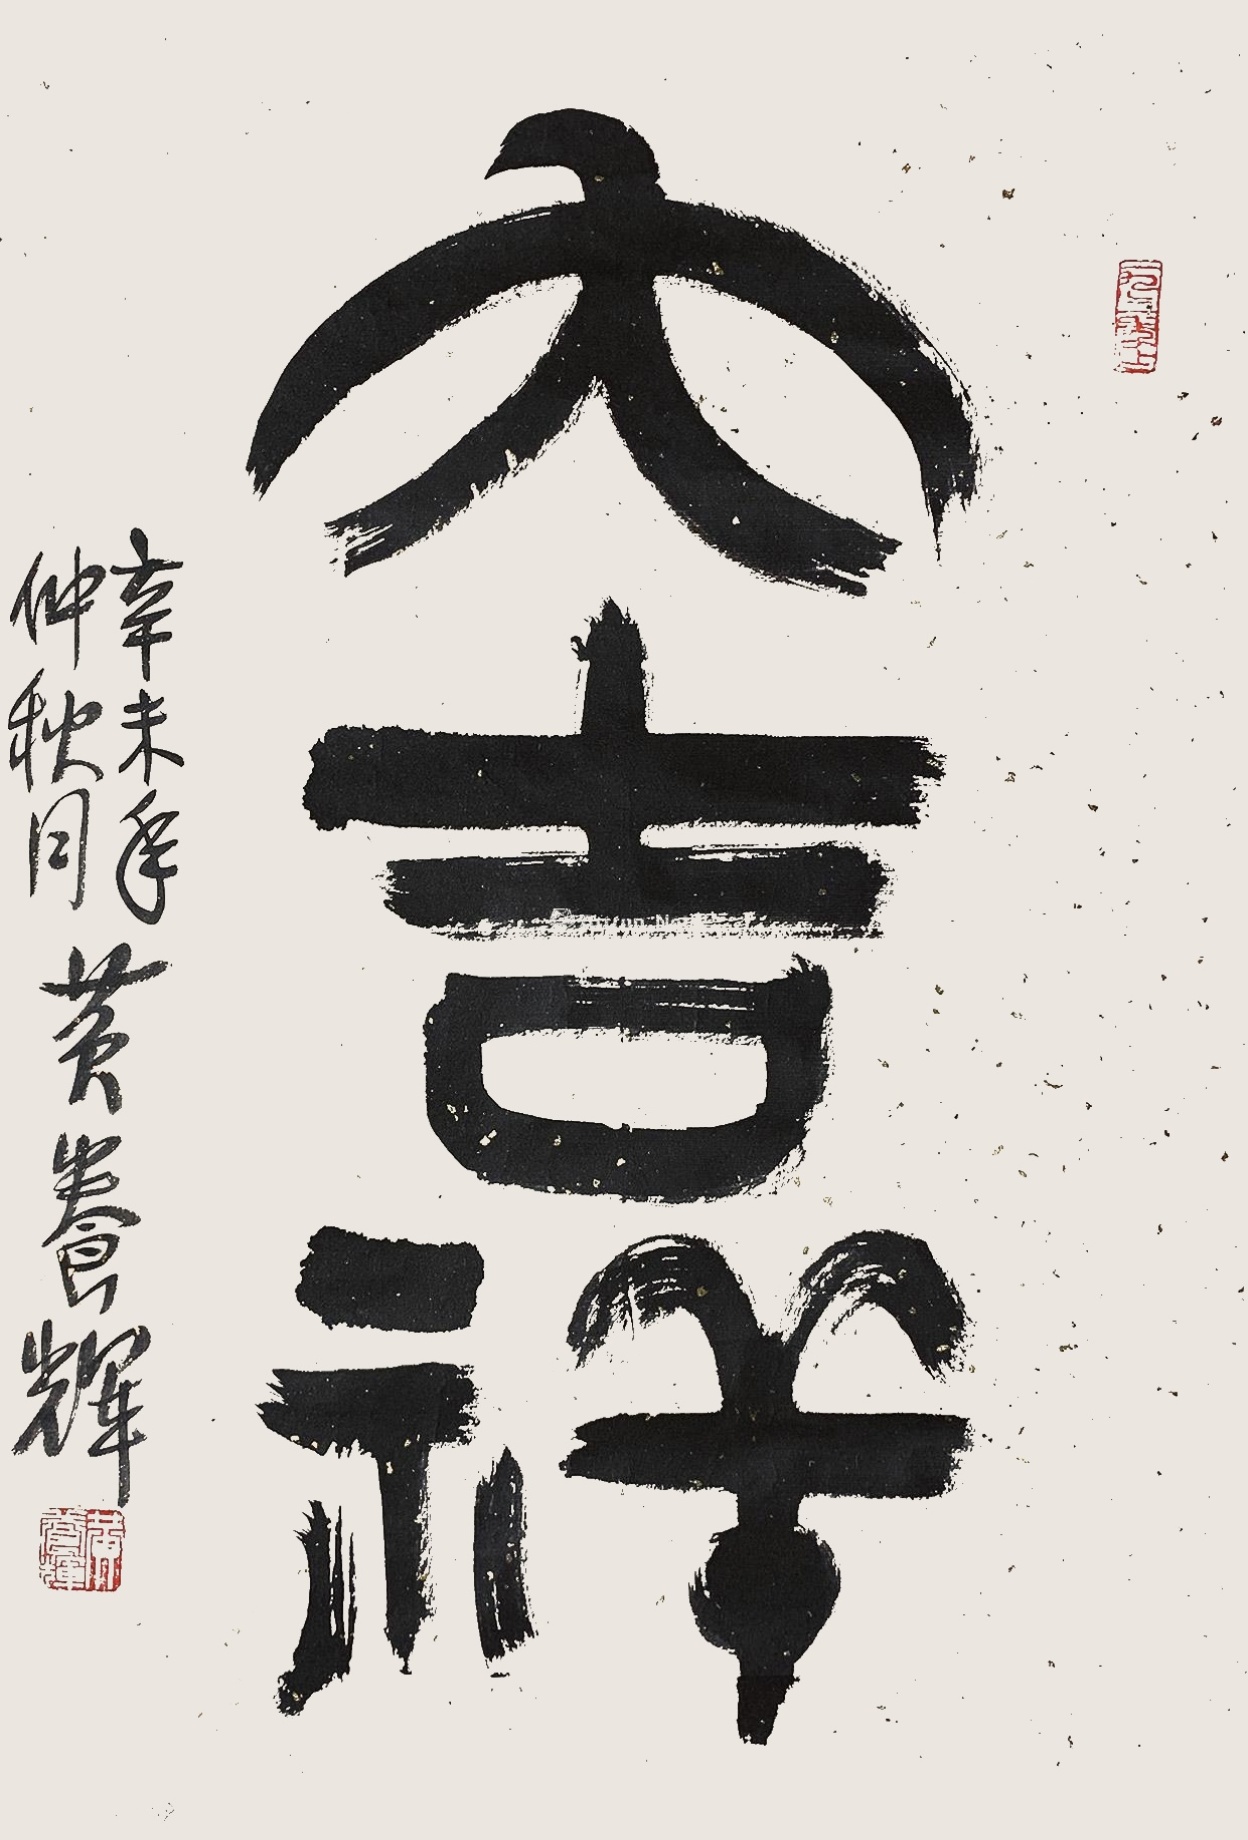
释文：大吉祥辛未仲秋月黄养辉